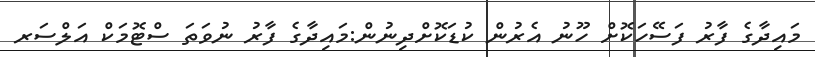
މައިދާގެ ފާރު ފަސޭހަކޮށް ހޫނު އެރުން ކުޑަކޮށްދިނުން:މައިދާގެ ފާރު ނުވަތަ ސްޓޮމަކް އަލްސަރ